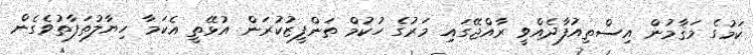
ކަމުގެ މަޤާމުން އިސްތިއުފާދެއްވީ ރާއްޖޭގައި މަރުގެ ހުކުމް ތަންފީޒުކުރަން އުޅޭތީ އެކަމާ ހިޔާލުތަފާތުވެގެން